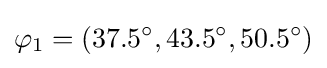
\varphi _{1}=(37.5^{\circ },43.5^{\circ },50.5^{\circ })